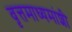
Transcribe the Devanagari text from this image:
वृत्तमाध्यमांशी